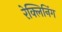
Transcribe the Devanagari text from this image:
रेक्लिनिंग